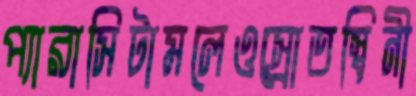
প্যারাসিটামলেওস্রোতস্বিনী